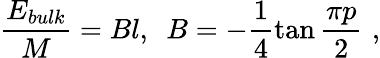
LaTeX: \frac{E_{bulk}}{M}=Bl,\, \, \, B=-\frac{1}{4}\tan\frac{\pi p}{2}\, \, ,